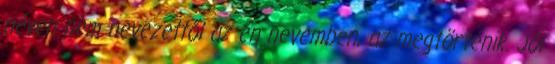
néven nem nevezettől az én nevemben, az megtörténik. Jól